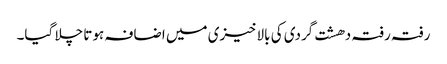
رفتہ رفتہ دھشت گردی کی بالاخیزی میں اضافہ ہوتا چلا گیا۔